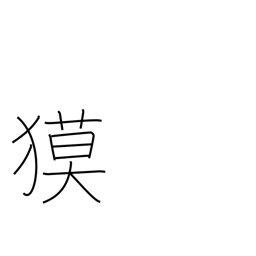
Meaning: tapir